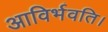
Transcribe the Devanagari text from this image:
आविर्भवति।